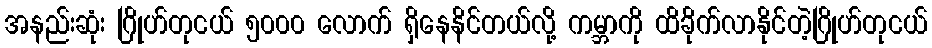
အနည်းဆုံး ဂြိုဟ်တုငယ် ၅၀၀၀ လောက် ရှိနေနိင်တယ်လို့ ကမ္ဘာကို ထိခိုက်လာနိုင်တဲ့ဂြိုဟ်တုငယ်